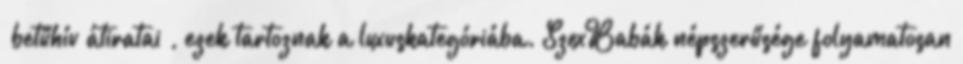
“betűhív átiratai”, ezek tartoznak a luxuskategóriába. SzexBabák népszerűsége folyamatosan